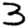
Digit: 3